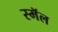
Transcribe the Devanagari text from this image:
स्मॅल